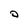
Character: 0